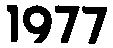
1977